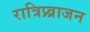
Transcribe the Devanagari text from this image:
रात्रिप्र्व्राजन